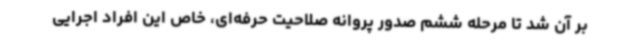
بر آن شد تا مرحله ششم صدور پروانه صلاحیت حرفه‌ای، خاص این افراد اجرایی